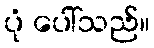
ပုံ ပေါ်သည်။